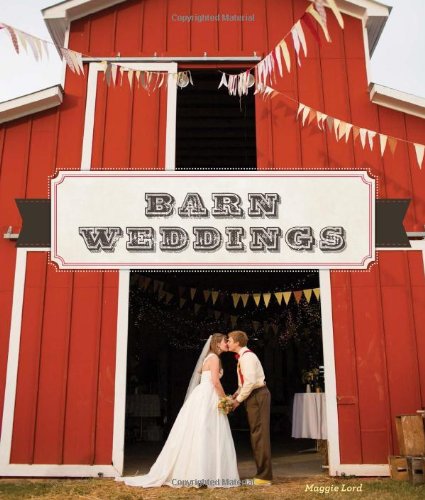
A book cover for Barn Weddings; Maggie Lord; Crafts, Hobbies & Home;